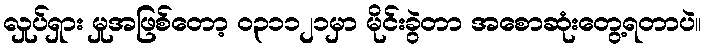
လှုပ်ရှား မှုအဖြစ်တော့ ၀၃၁၁၂၁မှာ မိုင်းခွဲတာ အစောဆုံးတွေ့ရတာပဲ။